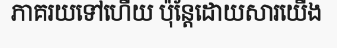
ភាគរយទៅហើយ ប៉ុន្តែដោយសារយើង